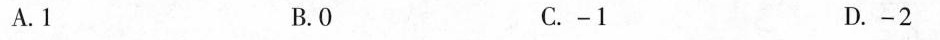
A.1 B.0 C.-1 D.-2